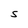
Character: S